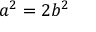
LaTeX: a ^ { 2 } = 2 b ^ { 2 }